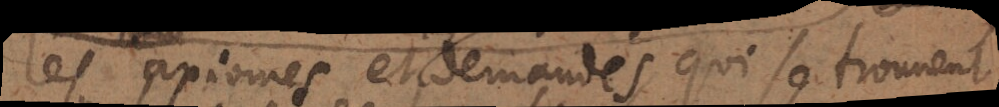
les axiomes et les demandes qui se trouvent